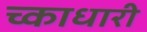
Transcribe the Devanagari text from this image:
च्काधारी